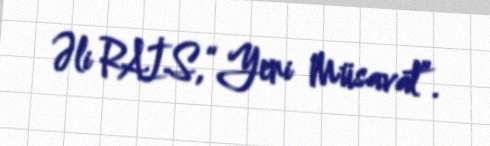
Əli RAİS,“Yeni Müsavat”.